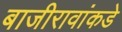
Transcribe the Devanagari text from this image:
बाजीरावांकडे